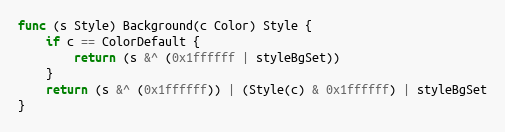
Language: Go
func (s Style) Background(c Color) Style {
	if c == ColorDefault {
		return (s &^ (0x1ffffff | styleBgSet))
	}
	return (s &^ (0x1ffffff)) | (Style(c) & 0x1ffffff) | styleBgSet
}